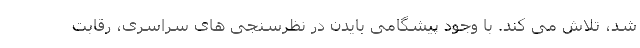
شد، تلاش می کند. با وجود پیشگامی بایدن در نظرسنجی های سراسری، رقابت